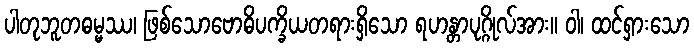
ပါတုဘူတဓမ္မဿ၊ ဖြစ်သောဗောဓိပက္ခိယတရားရှိသော ရဟန္တာပုဂ္ဂိုလ်အား။ ဝါ၊ ထင်ရှားသော